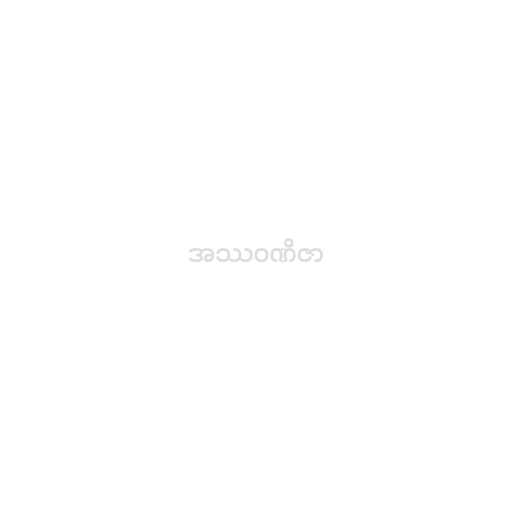
အဿဝဏိဇာ